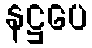
နဋ္ဌပေ